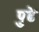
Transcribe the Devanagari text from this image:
पु्ढे